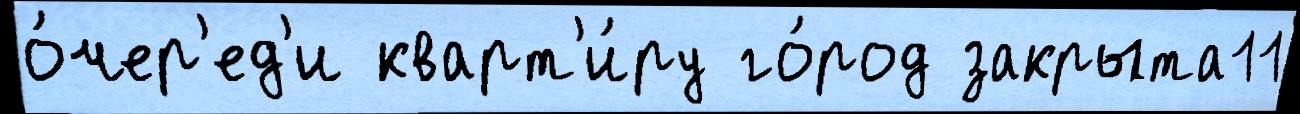
о́чер'ед'и кварт'и́ру го́род закрыта11